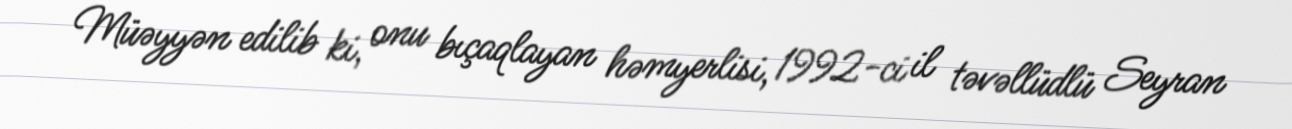
Müəyyən edilib ki, onu bıçaqlayan həmyerlisi, 1992-ci il təvəllüdlü Seyran